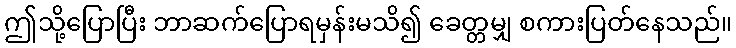
ဤသို့ပြောပြီး ဘာဆက်ပြောရမှန်းမသိ၍ ခေတ္တမျှ စကားပြတ်နေသည်။